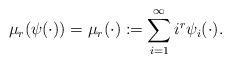
LaTeX: \begin{align*}\mu_r(\psi(\cdot)) = \mu_r(\cdot) := \sum_{i=1}^{\infty} i^r \psi_i(\cdot).\end{align*}